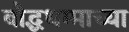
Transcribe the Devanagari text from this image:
बौद्धधम्माच्या